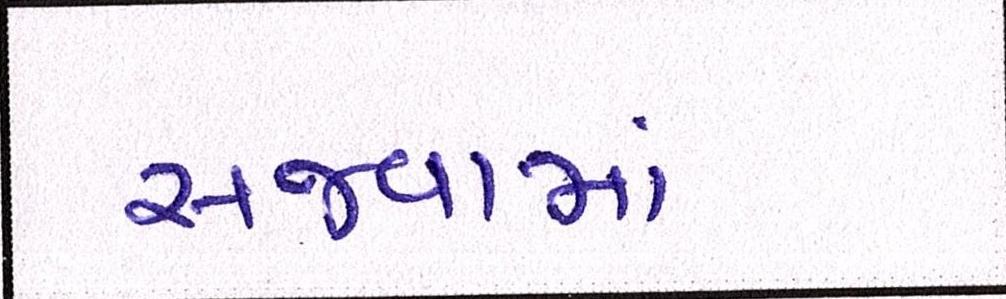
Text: સજવામાં